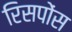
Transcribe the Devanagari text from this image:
रिसपोंस